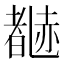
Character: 𬦃